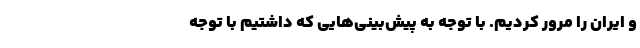
و ایران را مرور کردیم. با توجه به پیش‌بینی‌هایی که داشتیم با توجه